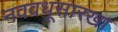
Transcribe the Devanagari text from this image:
नववधूसारखा